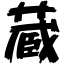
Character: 蔵